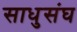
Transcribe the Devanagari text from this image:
साधुसंघ